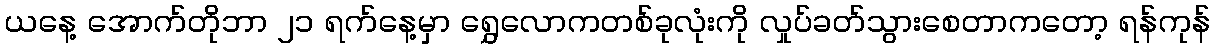
ယနေ့ အောက်တိုဘာ ၂၁ ရက်နေ့မှာ ရွှေလောကတစ်ခုလုံးကို လှုပ်ခတ်သွားစေတာကတော့ ရန်ကုန်